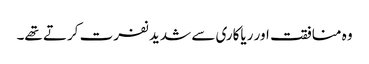
وہ منافقت اور ریاکاری سے شدید نفرت کرتے تھے۔